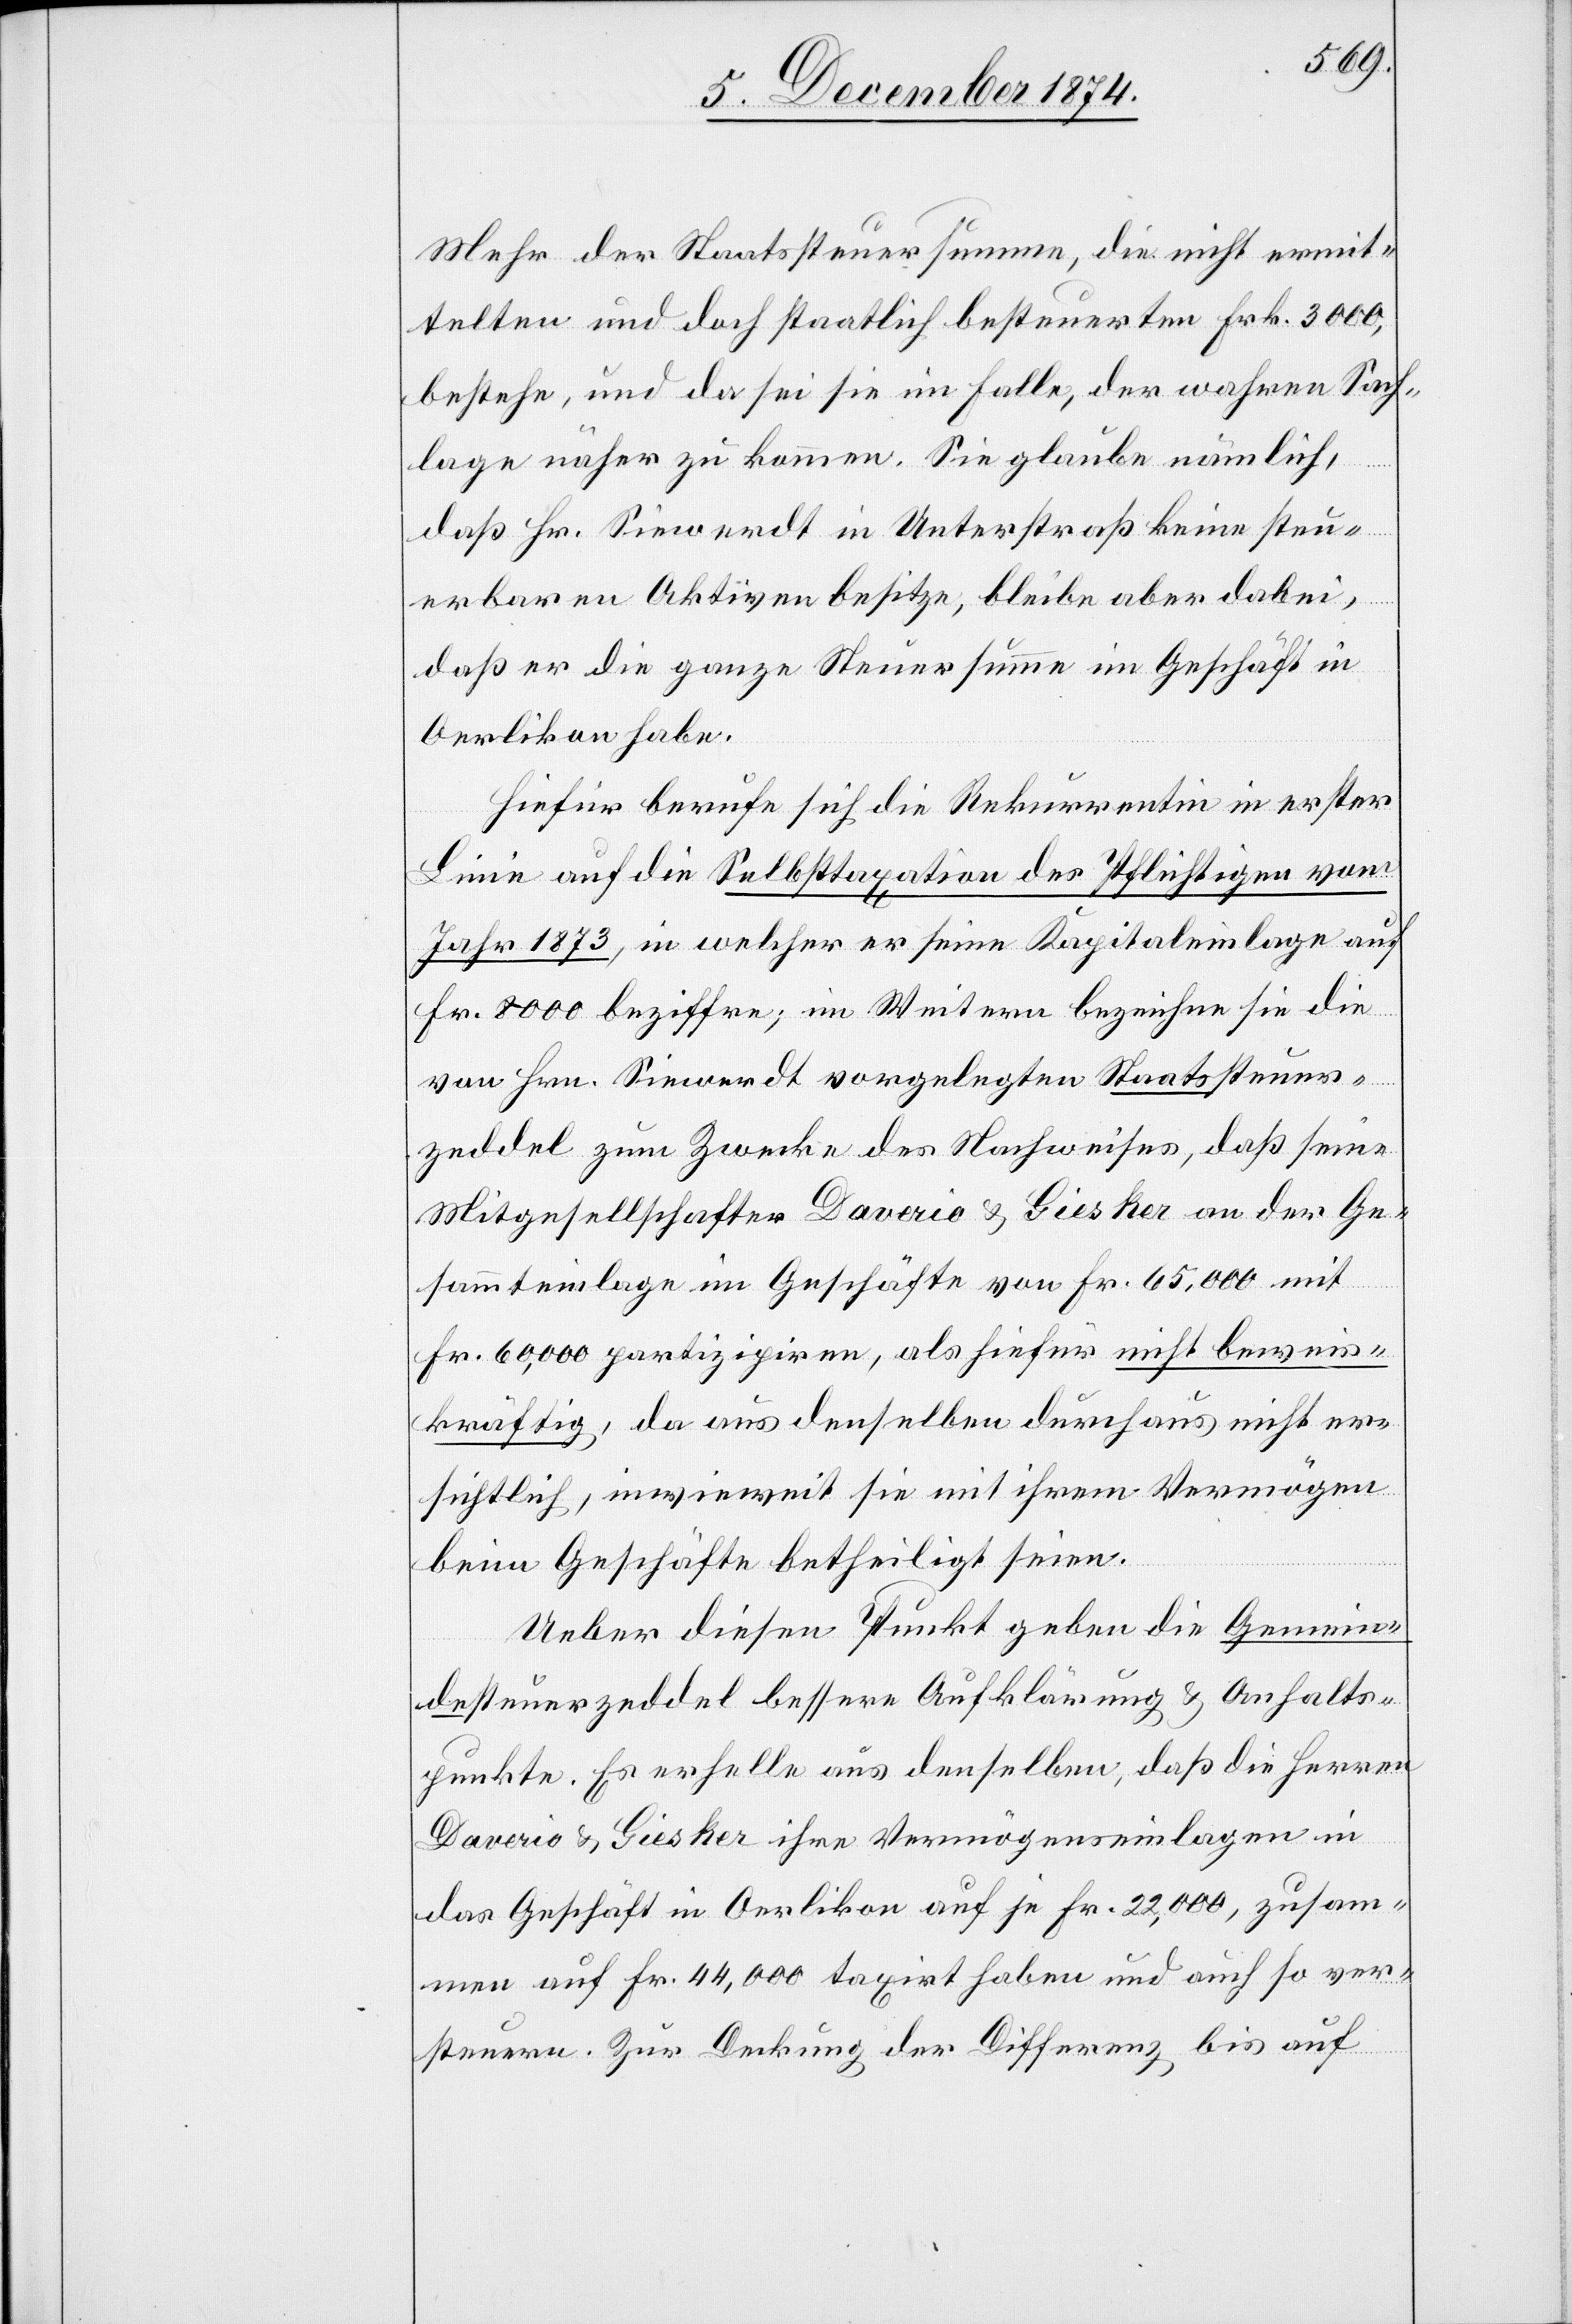
Mehr der Staatssteuersumme, die nicht ermit¬
telten und doch staatlich besteuerten Frk. 3000,
bestehe, und da sei sie im Falle, der wahren Sach¬
lage näher zu kommen. Sie glaube nämlich,
daß Hr. Siewerdt in Unterstraß keine steu¬
erbaren Aktiven besitze, bleibe aber dabei,
daß er die ganze Steuersumme im Geschäft in
Oerlikon habe.
Hiefür berufe sich die Rekurrentin in erster
Linie auf die Selbsttaxation des Pflichtigen vom
Jahr 1873, in welcher er seine Kapitalienlage auf
Fr. 8000 beziffre; im Weitern bezeichne sie die
von Hrn. Siewerdt vorgelegten Staatssteuer¬
zeddel zum Zwecke des Nachweises, daß seine
Mitgesellschafter Daverio & Giesker an der Ge¬
sammteinlage im Geschäfte von Fr. 65,000 mit
Fr. 60,000 partizipiren, als hiefür nicht beweis¬
kräftig, da aus denselben durchaus nicht er¬
sichtlich, inwieweit sie mit ihrem Vermögen
beim Geschäfte betheiligt seien.
Ueber diesen Punkt geben die Gemein¬
desteuerzeddel bessere Aufklärung & Anhalts¬
punkte. Es erhelle aus denselben, daß die Herren
Daverio & Giesker ihre Vermögenseinlagen in
das Geschäft n Oerlikon auf je Fr. 22,000, zusam¬
men auf Fr. 44,000 taxirt haben und auch so ver¬
steuern. Zur Deckung der Differenz bis auf